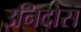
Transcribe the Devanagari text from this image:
उनिदोस